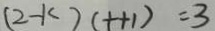
( 2 - k ) ( t + 1 ) = 3